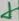
Text: 4